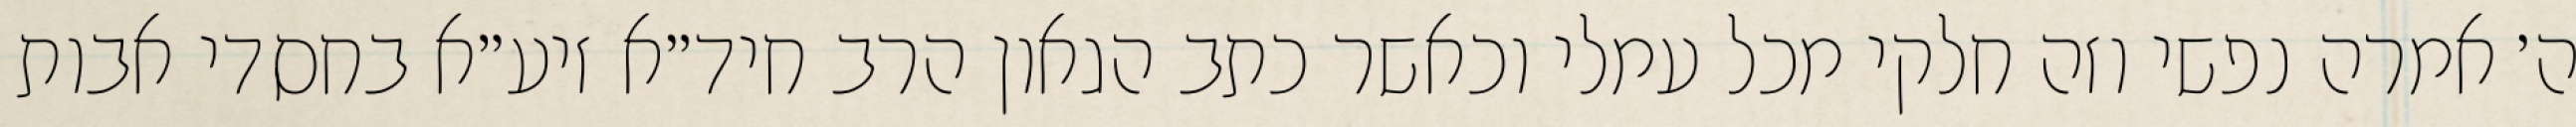
ה׳ אמרה נפשי וזה חלקי מכל עמלי וכאשר כתב הגאון הרב חיד״א זיע״א בחסדי אבות